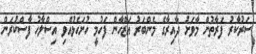
ސަރުކާރު ފަރާތުން މާވަށު ދާއިރާގެ މެންބަރު އަޒްހާން ފަހުމީ ހުށަހެޅުއްވި އިސްލާހު ފާސްކުރަން